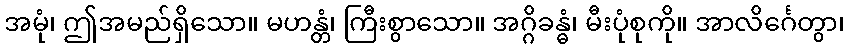
အမုံ၊ ဤအမည်ရှိသော။ မဟန္တံ၊ ကြီးစွာသော။ အဂ္ဂိခန္ဓံ၊ မီးပုံစုကို။ အာလိင်္ဂေတွာ၊